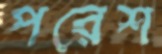
পরেশ